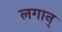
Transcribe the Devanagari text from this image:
लगान्‌